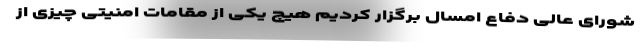
شورای عالی دفاع امسال برگزار کردیم هیچ یکی از مقامات امنیتی چیزی از